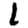
Digit: 1